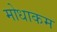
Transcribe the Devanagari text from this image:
मोधाकम